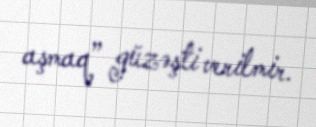
aşmaq” güzəşti verilmir.